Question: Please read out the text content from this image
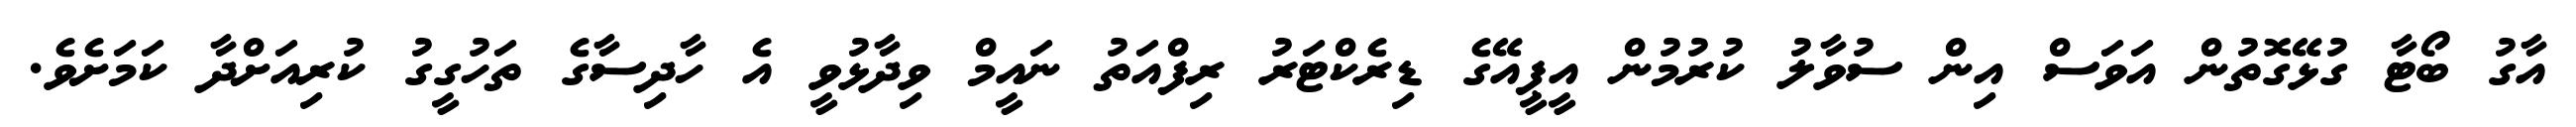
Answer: އާގު ބޯޓާ ގުޅޭގޮތުން އަވަސް އިން ސުވާލު ކުރުމުން އީޕީއޭގެ ޑިރެކްޓަރު ރިފްއަތު ނައީމް ވިދާޅުވީ އެ ހާދިސާގެ ތަހުގީގު ކުރިއަށްދާ ކަމަށެވެ.